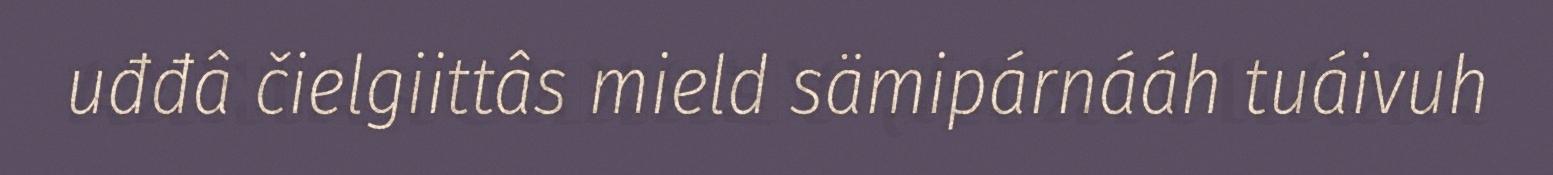
uđđâ čielgiittâs mield sämipárnááh tuáivuh